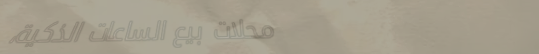
محلات بيع الساعات الذكية،